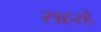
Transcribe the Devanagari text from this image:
सहरहै